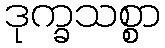
ဒုက္ခသစ္စာ